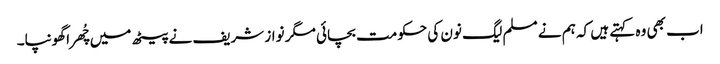
اب بھی وہ کہتے ہیں کہ ہم نے مسلم لیگ نون کی حکومت بچائی مگر نواز شریف نے پیٹھ میں چُھرا گھونپا۔